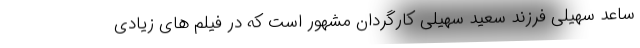
ساعد سهیلی فرزند سعید سهیلی کارگردان مشهور است که در فیلم های زیادی